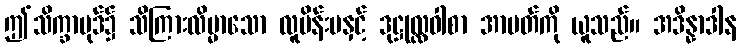
ဤသိက္ခာပုဒ်၌ သိကြားလိမ္မာသော လူမိန်းမနှင့် ဒုဋ္ဌုလ္လဝါစာ အာပတ်ကို ယူသည်။ အဒိန္နာဒါန